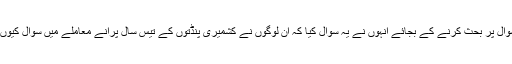
اور موجودہ سوال پر بحث کرنے کے بجائے انہوں نے یہ سوال کیا کہ ان لوگوں نے کشمیری پنڈتوں کے تیس سال پرانے معاملے میں سوال کیوں نہیں اٹھائے؟